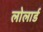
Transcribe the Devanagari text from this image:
लोलार्ड